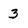
Character: 3